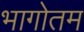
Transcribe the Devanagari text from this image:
भागोतम